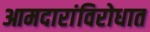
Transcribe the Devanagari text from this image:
आमदारांविरोधात